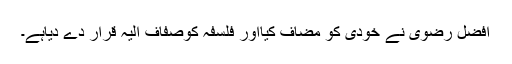
افضل رضویؔ نے خودی کو مضاف کیااور فلسفہ کوصفاف الیہ قرار دے دیاہے۔